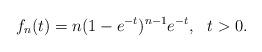
LaTeX: \begin{align*} f_{n}(t)=n(1-e^{-t})^{n-1}e^{-t},~~t>0.\end{align*}